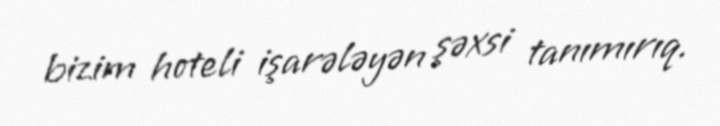
bizim hoteli işarələyən şəxsi tanımırıq.